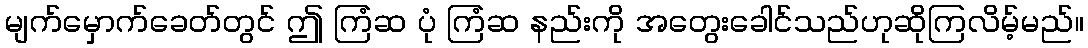
မျက်မှောက်ခေတ်တွင် ဤ ကြံဆ ပုံ ကြံဆ နည်းကို အတွေးခေါင်သည်ဟုဆိုကြလိမ့်မည်။